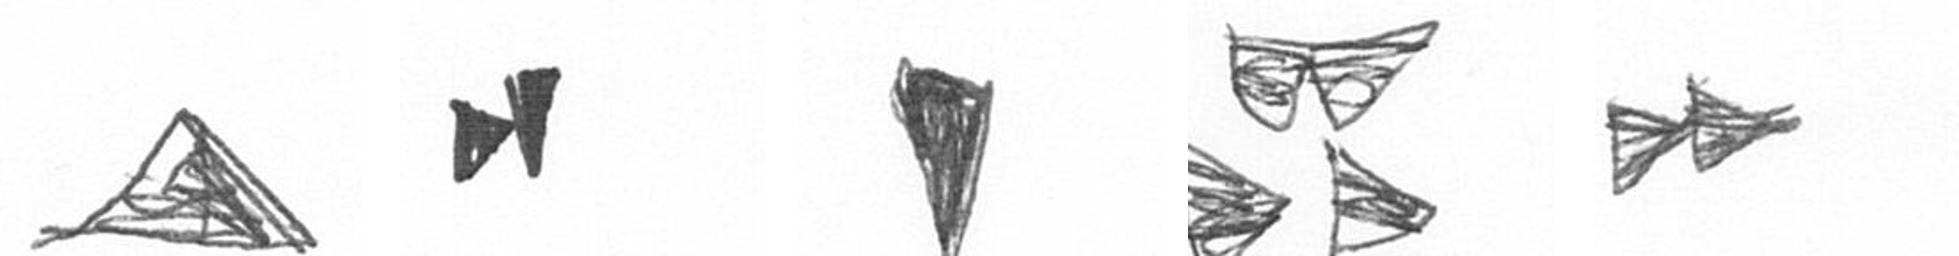
O M J B A